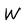
Character: W